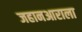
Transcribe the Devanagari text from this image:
जहानआराला